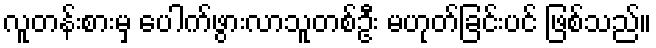
လူတန်းစားမှ ပေါက်ဖွားလာသူတစ်ဦး မဟုတ်ခြင်းပင် ဖြစ်သည်။